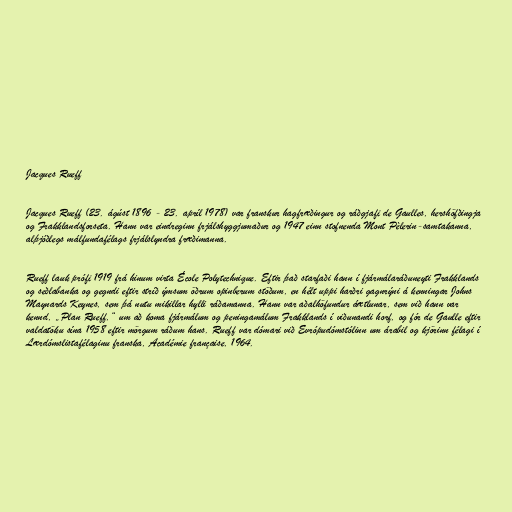
Jacques Rueff

Jacques Rueff (23. ágúst 1896 - 23. apríl 1978) var franskur hagfræðingur og ráðgjafi de Gaulles, hershöfðingja
og Frakklandsforseta. Hann var eindreginn frjálshyggjumaður og 1947 einn stofnenda Mont Pèlerin-samtakanna,
alþjóðlegs málfundafélags frjálslyndra fræðimanna.

Rueff lauk prófi 1919 frá hinum virta École Polytechnique. Eftir það starfaði hann í fjármálaráðuneyti Frakklands
og seðlabanka og gegndi eftir stríð ýmsum öðrum opinberum stöðum, en hélt uppi harðri gagnrýni á kenningar Johns
Maynards Keynes, sem þá nutu mikillar hylli ráðamanna. Hann var aðalhöfundur áætlunar, sem við hann var
kennd, „Plan Rueff,“ um að koma fjármálum og peningamálum Frakklands í viðunandi horf, og fór de Gaulle eftir
valdatöku sína 1958 eftir mörgum ráðum hans. Rueff var dómari við Evrópudómstólinn um árabil og kjörinn félagi í
Lærdómslistafélaginu franska, Académie française, 1964.